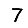
Digit: 7